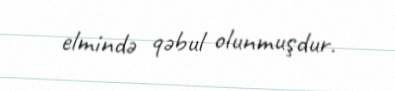
elmində qəbul olunmuşdur.